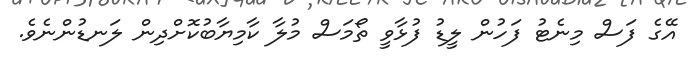
އޭގެ ފަސް މިނެޓު ފަހުން ލީޑު ފުޅާވީ ތޯމަސް މުލާ ކާމިޔާބުކޮށްދިން ލަނޑުންނެވެ.